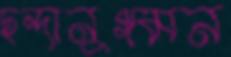
ছন্দানুগমন